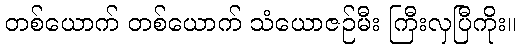
တစ်ယောက် တစ်ယောက် သံယောဇဉ်မီး ကြီးလှပြီကိုး။